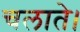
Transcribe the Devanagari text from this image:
चलाते।